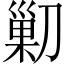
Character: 𠞰